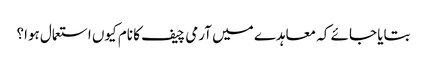
بتایا جائے کہ معاہدے میں آرمی چیف کا نام کیوں استعمال ہوا؟